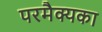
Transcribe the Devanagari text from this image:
परमैक्यका